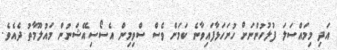
އަދި މިމައްސަލަ ފުލުހުންނަށް ހުށަހަޅާފައިވާނެ ކަމަށް ވެސް ސްވިމިން އެސޯސިއޭޝަނުން މައުލޫމާތު ދެއެވެ.